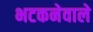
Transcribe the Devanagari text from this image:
भटकनेवाले